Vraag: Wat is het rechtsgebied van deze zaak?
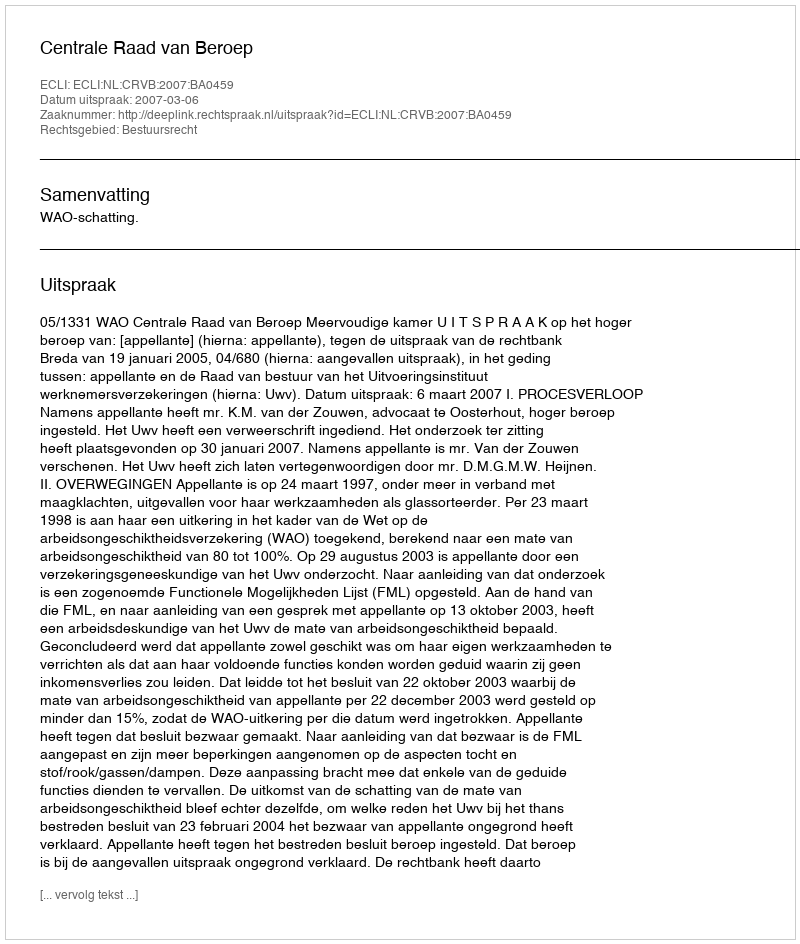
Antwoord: Bestuursrecht